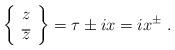
LaTeX: \begin{align*}\left\{\begin{array}{c}z\\ \overline z\end{array}\right\}=\tau\pm ix=ix^{\pm}\;.\end{align*}